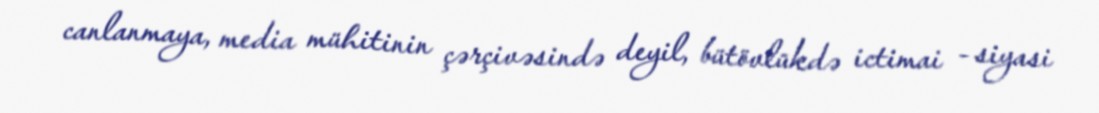
canlanmaya, media mühitinin çərçivəsində deyil, bütövlükdə ictimai - siyasi